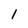
Character: 1